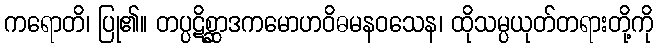
ကရောတိ၊ ပြု၏။ တပ္ပဋိစ္ဆာဒကမောဟဝိဓမနဝသေန၊ ထိုသမ္ပယုတ်တရားတို့ကို